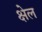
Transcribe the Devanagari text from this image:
क्षेल